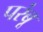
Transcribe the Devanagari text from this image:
परंबू